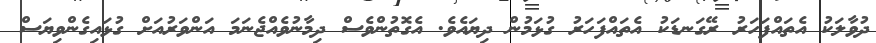
ދުވާލަކު އެތައްފަހަރު ރޭގަނޑަކު އެތައްފަހަރު ގުޅަމުން ދިޔައެވެ. އެގޮތުންވެސް ދިމާނުވެއްޖެނަމަ އަންވަރުއަށް ގުޅައިގެންވިޔަސް